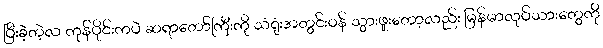
ပြီးခဲ့တဲ့လ ကုန်ပိုင်းကပဲ ဆရာတော်ကြီးကို သံရုံးအတွင်းဝန် သွားဖူးတော့လည်း မြန်မာလုပ်သားတွေကို